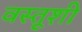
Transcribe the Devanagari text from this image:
वस्तूशी